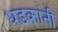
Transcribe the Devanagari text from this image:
धडकांनी